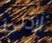
أردتى